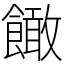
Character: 䭛